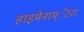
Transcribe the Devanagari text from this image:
हाइमेनाम्‌ॅटरा